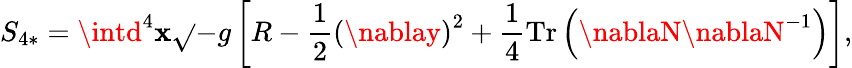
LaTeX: S_{4*}=\intd^{4}\mathbf{x}\sqrt{}{{-g}}\left[R-\frac{{1}}{{2}}\left(\nablay\right)^{2}+\frac{{1}}{{4}}\mathrm{{Tr}}\left(\nablaN\nablaN^{-1}\right)\right],